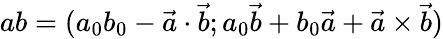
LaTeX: ab=(a_{0}b_{0}-{\vec{a}}\cdot{\vec{b}};a_{0}{\vec{b}}+b_{0}{\vec{a}}+{\vec{a}}\times{\vec{b}})